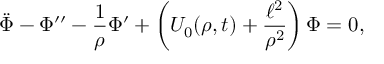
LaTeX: \ddot { \Phi } - \Phi ^ { \prime \prime } - \frac { 1 } { \rho } \Phi ^ { \prime } + \left( U _ { 0 } ( \rho , t ) + \frac { \ell ^ { 2 } } { \rho ^ { 2 } } \right) \Phi = 0 ,